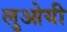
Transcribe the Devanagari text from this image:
लुओयी